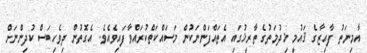
އާމިނަތު ފާއިޒާގެ ޤައުމީ ޚިދުމަތުގެ ތާރީޚުގައި އެތައްފަންނަކުން މަސައްކަތްކުރައްވާފައިވެއެވެ. އެގޮތުން ދިވެހިބަސް ކުދިންނަށް